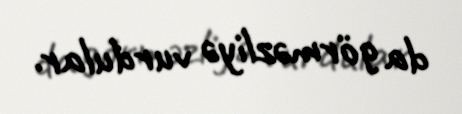
da görməzliyə vurdular.